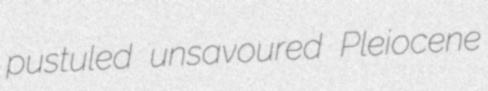
pustuled unsavoured Pleiocene